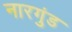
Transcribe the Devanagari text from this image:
नारगुंड